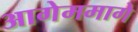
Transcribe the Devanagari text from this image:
आगेममागे